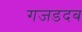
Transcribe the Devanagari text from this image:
गजडदब